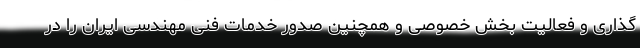
گذاری و فعالیت بخش خصوصی و همچنین صدور خدمات فنی مهندسی ایران را در